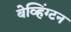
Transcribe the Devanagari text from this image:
बेव्हिंग्टन